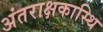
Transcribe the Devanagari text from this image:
अंतराक्षकास्थि